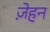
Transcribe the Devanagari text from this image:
ज़ेहन